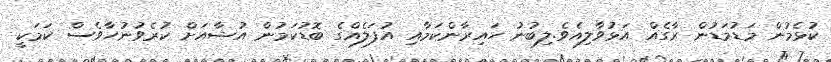
ކުޅެމުން މަޑުމަޑުން ރާގެއް އަޅުވާލިއެވެ.ލިބުނު ހައިރާންކަމާއި އުފަލެއްގެ ބޮޑުކަމުން އުޝާއަށް ކުރެވުނުހާވެސް ކަމަކީ